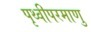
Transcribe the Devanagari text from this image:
पृथ्वीपरमाणु